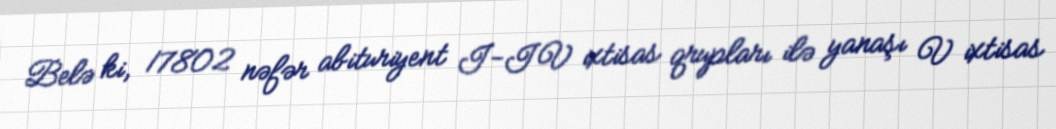
Belə ki, 17802 nəfər abituriyent I-IV ixtisas qrupları ilə yanaşı V ixtisas